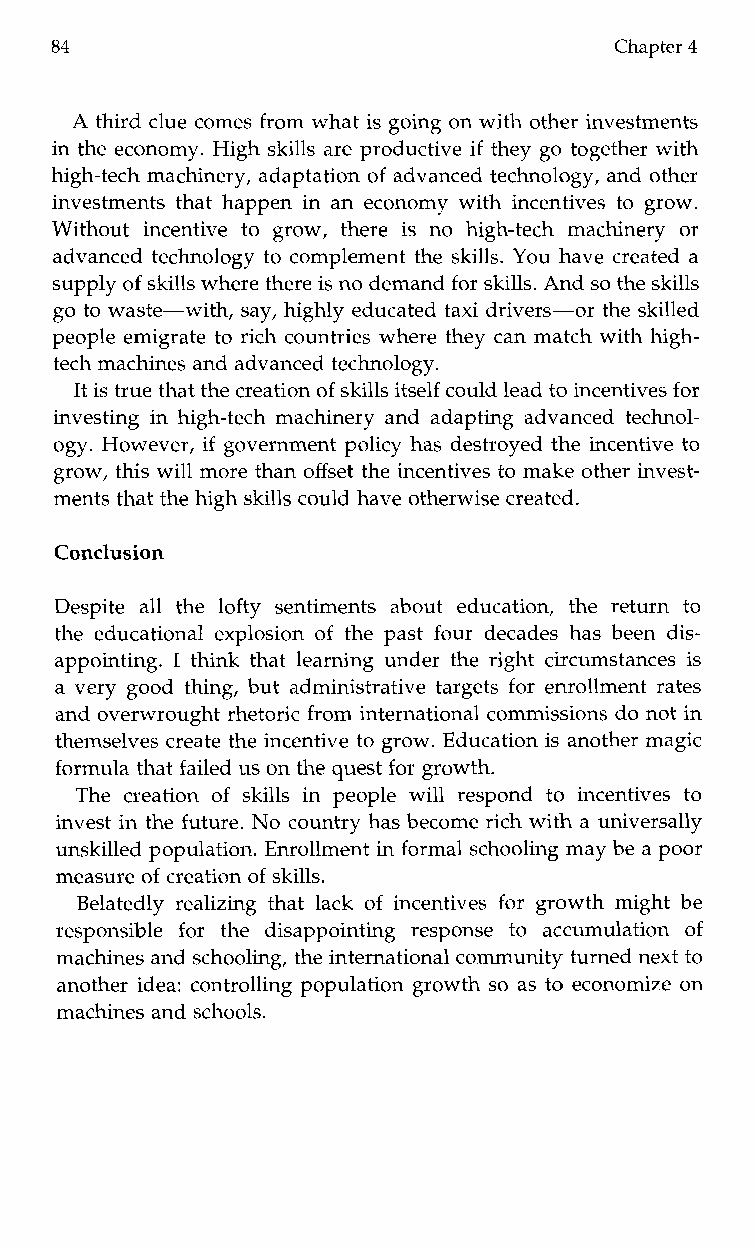
84                                   Chapter 4
 A third clue comes from what is going on with other investments
 in the economy. High skills are productive if they go together with
 high-tech machinery, adaptation of advanced technology, and other
 investments that happen in an economy with incentives to grow.
 Withouti ncentivet og row,t herei sn oh igh-techm achinery or
 advanced technology to complement the skills. You have created a
 supply of skills where therei s no demand for skills. And so the skills
 go to waste-with, say, highly educated taxi drivers-or the skilled
 people emigrate to rich countries where they can match with high-
 tech machines and advanced technology.
 It is true that the creatioonf skills itself could lead to incentivefso r
 investing in high-tech machinery and adapting advanced technol-
 ogy. However, if government policy has destroyed the incentive to
 grow, this will more than offset the incentives to make other invest-
 ments that the high skills could have otherwise created.
 Conclusion
 Despite allt he lofty sentimentsa boute ducation,t her eturnt o
 the educational explosion of the past four decades has been dis-
 appointing. I think that learning under the right circumstances is
 a very good thing, but administrative targets for enrollment rates
 and overwrought rhetoric from international commissions do not in
 themselves create the incentive to grow. Educationi s another magic
 formula that failedu s on the questf or growth.
 The creation of skills inp eople will respondt oi ncentives to
 invest in the future. No country has become rich with a universally
 unskilled population. Enrollment in formals chooling may be a poor
 measure of creation of skills.
 Belatedly realizing that lack of incentives for growth might be
 responsible for thed isappointingr e sponse to accumulationo f
 machines and schooling, the international community turnedn ext to
 another idea: controlling population growth so as to economize on
 machines and schools.